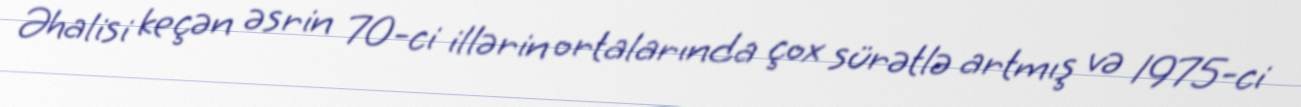
Əhalisi keçən əsrin 70-ci illərin ortalarında çox sürətlə artmış və 1975-ci